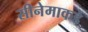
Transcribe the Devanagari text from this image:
सीनेमाकडे